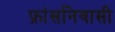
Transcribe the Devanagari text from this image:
फ्रांसनिवासी